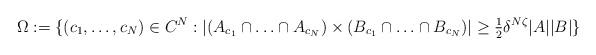
LaTeX: \begin{align*} \Omega := \{(c_{1},\ldots,c_{N}) \in C^{N} : |(A_{c_{1}} \cap \ldots \cap A_{c_{N}}) \times (B_{c_{1}} \cap \ldots \cap B_{c_{N}})| \geq \tfrac{1}{2}\delta^{N\zeta}|A||B|\} \end{align*}